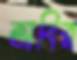
আবির